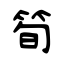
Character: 筍